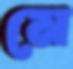
মে